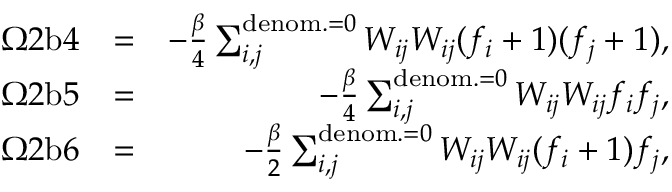
\begin{array} { r l r } { \Omega 2 \mathrm { b } 4 } & { = } & { - \frac { \beta } { 4 } \sum _ { i , j } ^ { \mathrm { d e n o m . } = 0 } { W _ { i j } W _ { i j } } ( f _ { i } + 1 ) ( f _ { j } + 1 ) , } \\ { \Omega 2 \mathrm { b } 5 } & { = } & { - \frac { \beta } { 4 } \sum _ { i , j } ^ { \mathrm { d e n o m . } = 0 } { W _ { i j } W _ { i j } } f _ { i } f _ { j } , } \\ { \Omega 2 \mathrm { b } 6 } & { = } & { - \frac { \beta } { 2 } \sum _ { i , j } ^ { \mathrm { d e n o m . } = 0 } { W _ { i j } W _ { i j } } ( f _ { i } + 1 ) f _ { j } , } \end{array}